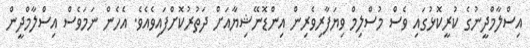
އިސްލާމްދީނުގެ ކުރީކޮޅުގައި ވެސް މުސްލިމް ވިޔަފާރިވެރިން އިންޑޮނޭޝިޔާއަށް ދަތުރުކޮށްފައިވެއެވެ. އެހެން ނަމަވެސް އިސްލާމްދީން